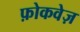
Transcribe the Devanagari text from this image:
फ़ोकवेज़